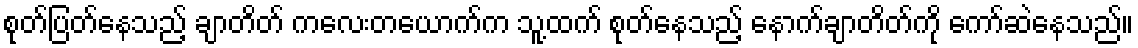
စုတ်ပြတ်နေသည့် ချာတိတ် ကလေးတယောက်က သူ့ထက် စုတ်နေသည့် နောက်ချာတိတ်ကို ကော်ဆဲနေသည်။